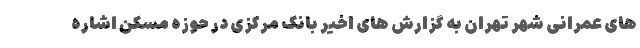
های عمرانی شهر تهران به گزارش های اخیر بانک مرکزی در حوزه مسکن اشاره